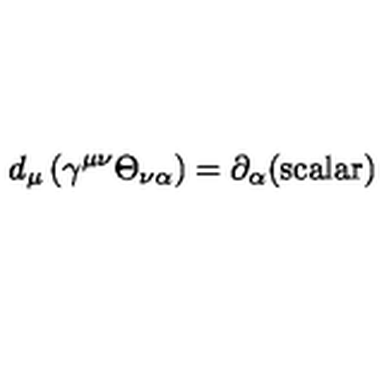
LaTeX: d _ { \mu } \left( \gamma ^ { \mu \nu } \Theta _ { \nu \alpha } \right) = \partial _ { \alpha } \mathrm { ( s c a l a r ) }